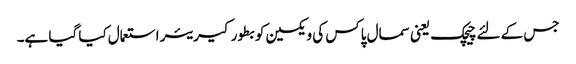
جس کے لئے چیچک یعنی سمال پاکس کی ویکسین کو بطور کیریئر استعمال کیا گیا ہے۔